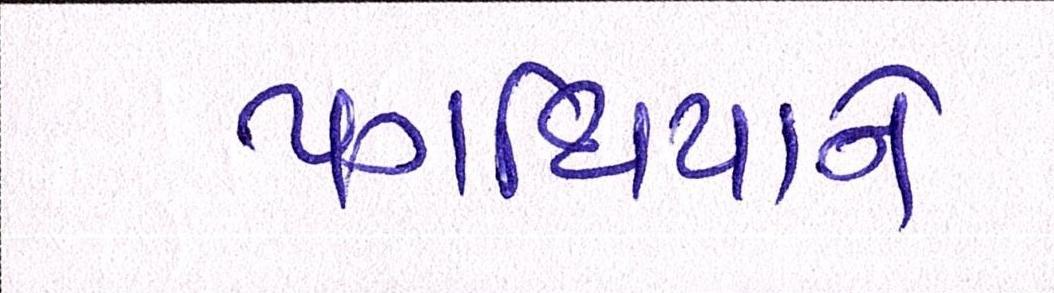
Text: પગથિયાને